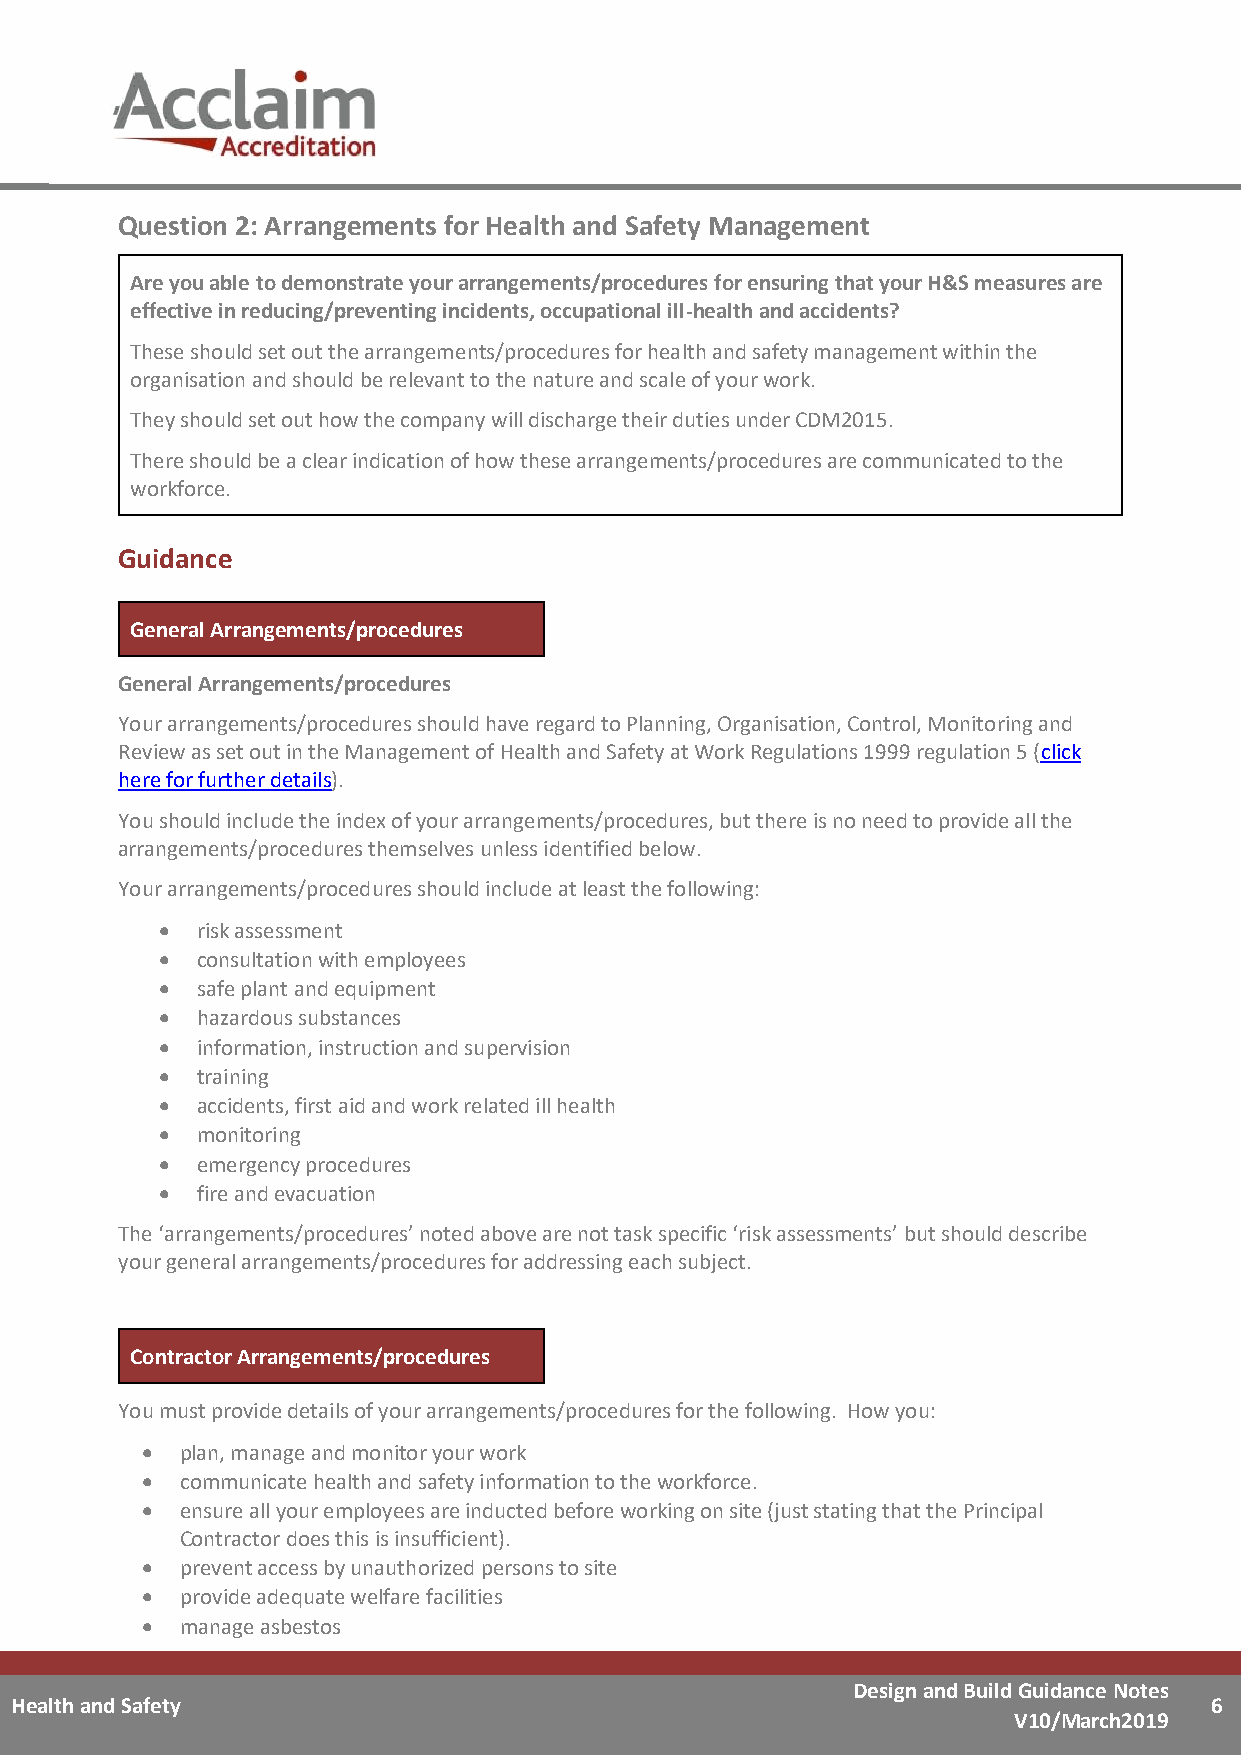
Question 2: Arrangements for Health and Safety Management
 Are you able to demonstrate your arrangements/procedures for ensuring that your H&S measures are
 effective in reducing/preventing incidents, occupational ill-health and accidents?
 These should set out the arrangements/procedures for health and safety management within the
 organisation and should be relevant to the nature and scale of your work.
 They should set out how the company will discharge their duties under CDM2015.
 There should be a clear indication of how these arrangements/procedures are communicated to the
 workforce.
 Guidance
 General Arrangements/procedures
 General Arrangements/procedures
 Your arrangements/procedures should have regard to Planning, Organisation, Control, Monitoring and
 Review as set out in the Management of Health and Safety at Work Regulations 1999 regulation 5 (click
 here for further details).
 You should include the index of your arrangements/procedures, but there is no need to provide all the
 arrangements/procedures themselves unless identified below.
 Your arrangements/procedures should include at least the following:
 • risk assessment
 • consultation with employees
 • safe plant and equipment
 • hazardous substances
 • information, instruction and supervision
 • training
 • accidents, first aid and work related ill health
 • monitoring
 • emergency procedures
 • fire and evacuation
 The ‘arrangements/procedures’ noted above are not task specific ‘risk assessments’ but should describe
 your general arrangements/procedures for addressing each subject.
 Contractor Arrangements/procedures
 You must provide details of your arrangements/procedures for the following. How you:
 •  plan, manage and monitor your work
 •  communicate health and safety information to the workforce.
 •  ensure all your employees are inducted before working on site (just stating that the Principal
 Contractor does this is insufficient).
 •  prevent access by unauthorized persons to site
 •  provide adequate welfare facilities
 •  manage asbestos
 Design and Build Guidance Notes
 Health and Safety                                                              6
 V10/March2019